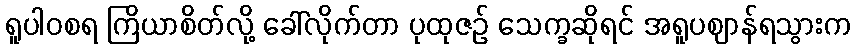
ရူပါဝစရ ကြိယာစိတ်လို့ ခေါ်လိုက်တာ ပုထုဇဉ် သေက္ခဆိုရင် အရူပဈာန်ရသွားက